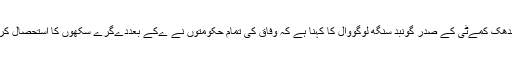
جبکہ شرومنی گوردوارہ پرنبدھک کمےٹی کے صدر گونبد سنگھ لوگووال کا کہنا ہے کہ وفاق کی تمام حکومتوں نے ےکے بعددےگرے سکھوں کا استحصال کرنے سے گرےز نہےں کےا۔